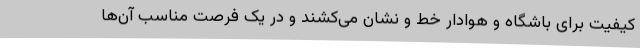
کیفیت برای باشگاه و هوادار خط و نشان می‌کشند و در یک فرصت مناسب آن‌ها